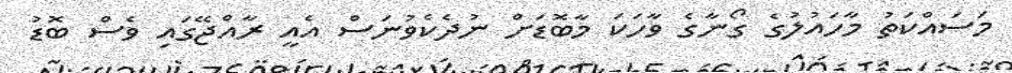
މަސައްކަތު މާހައުލުގެ ގޯނާގެ ވާހަކަ މާބޮޑަށް ނުދެކެވުނަސް އެއީ ރާއްޖޭގައި ވެސް ބޮޑު